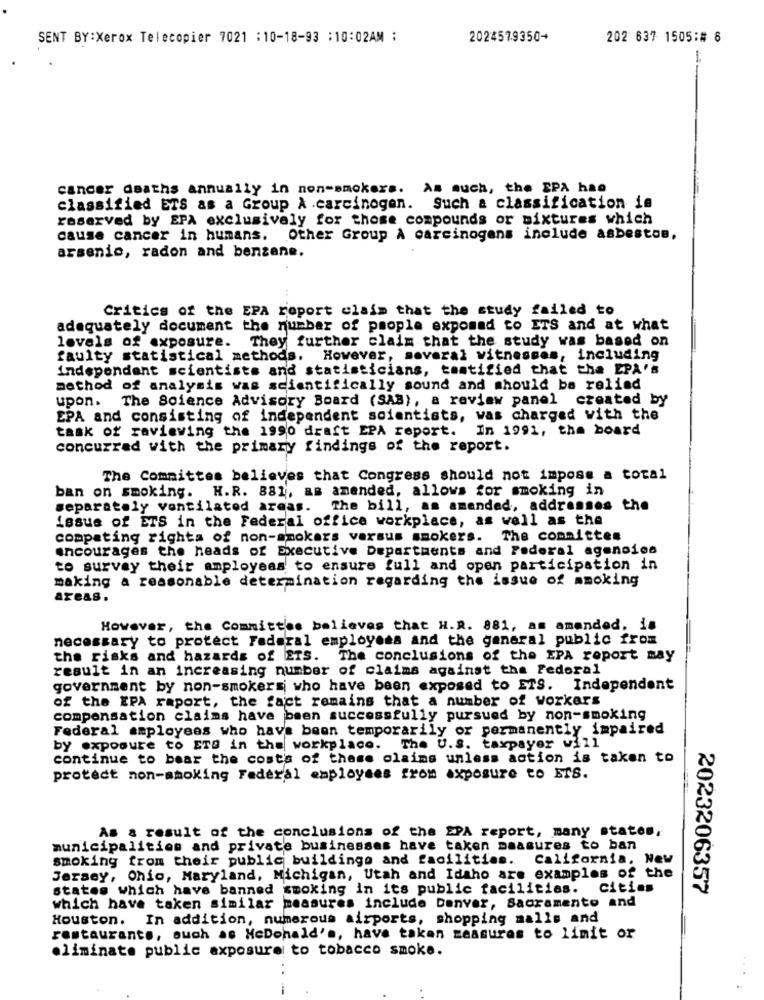
SENT BY:Xerox Telecopier 7021 :10-18-93 :10:02AM :
2024579350-
202 637 1505:# 6
cancer deaths annually in non-smokers. As such, the SPA has
classified ETS as a Group À carcinogen. Such a classification is
raserved by EPA exclusively for those compounds or mixtures which
cause cancer in humans. Other Group À carcinogens include asbestos,
arsenic, radon and benzene.
Critics of the EPA report claim that the study failed to
adequately document the number of people expomad to ITS and at what
levels of exposure. They further claim that the study was based on
faulty statistical methods. However, soveral witnesses, including
independent scientists and statisticians, tantified that the EPA's
method of analysis was scientifically sound and should be relied
upon.
The Science Advisory Board (SAB), a review panel created by
EPA and consisting of independent scientists, was charged with the
task of raviewing the 1990 draft EPA report.
In 1991, the board
concurrad with the primary findings of the report.
The Committes believes that Congress should not impose a total
ban on smoking. H.R. 881, as amended, allows for smoking in
separately ventilated areas. The bill, as amended, addresses
the
issue of ETS in the Federal office workplace, as well as the
compating rights of non-smokers versus smokers. The committee
encourages the heads of Executive Departments and Federal agencies
to survey their amployeas to ensure full and open participation in
making a reasonable determination regarding the issue of mmoking
areas.
However, the Committee believes that H.R. 881, as amended. in
necessary to protect Federal employees and the general public from
the risks and hazards of ETS. The conclusions of the EPA report may
result in an increasing number of claims against the Federal
government by non-smokers who have been exposed to ETS. Independent
of the EPA raport, the fact remains that a number of workers
compensation claims have been successfully pursued by non-smoking
Federal employees who have been temporarily or permanently impaired
by exposure to ETS in the workplace. The U.S. taxpayer will
continue to bear the costs of these claims unless action is taken to
protect non-smoking Federal employees from exposure to ETS.
As a result of the conclusions of the EPA report, many states,
municipalities and private businesses have taken measures to ban
smoking from their public buildings and facilities. California, New
Jersey, Ohio, Maryland, Michigan, Utah and Idaho are examples of the
states which have banned smoking in its public facilities. cities
2023206357
which have taken similar measures include Denver, Sacramento and
Houston. In addition, numerous airports, shopping malls and
restaurants, such as McDonald's, have taken measures to limit or
eliminate public exposure to tobacco smoke.